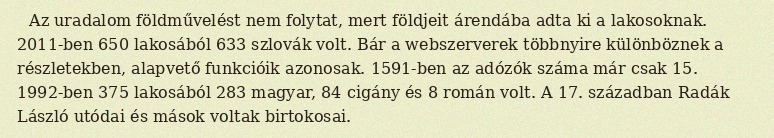
Az uradalom földművelést nem folytat, mert földjeit árendába adta ki a lakosoknak. 2011-ben 650 lakosából 633 szlovák volt. Bár a webszerverek többnyire különböznek a részletekben, alapvető funkcióik azonosak. 1591-ben az adózók száma már csak 15. 1992-ben 375 lakosából 283 magyar, 84 cigány és 8 román volt. A 17. században Radák László utódai és mások voltak birtokosai.